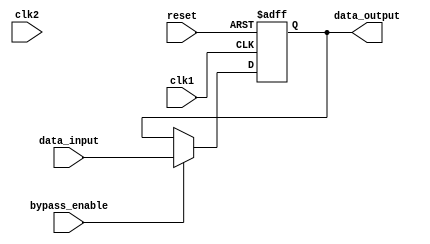
module DualPortBypassRegister (
    input wire clk1,
    input wire clk2,
    input wire reset,
    input wire bypass_enable,
    input wire [7:0] data_input,
    output reg [7:0] data_output
);

reg [7:0] data_reg;

always @(posedge clk1 or posedge reset) begin
    if (reset) begin
        data_reg <= 8'b0;
    end else begin
        if (bypass_enable) begin
            data_reg <= data_input;
        end else begin
            data_reg <= data_reg;
        end
    end
end

assign data_output = data_reg;

endmodule